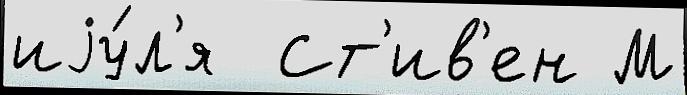
иjу́л'я  Ст'ив'ен М